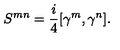
{ S ^ { m n } } = { \frac { i } { 4 } } [ \gamma ^ { m } , \gamma ^ { n } ] .